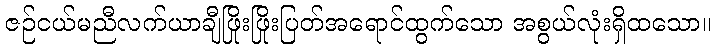
ဇဉ်ငယ်မညီလက်ယာချီဖြိုးဖြိုးပြတ်အရောင်ထွက်သော အစွယ်လုံးရှိထသော။